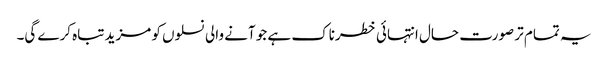
یہ تمام تر صورت حال انتہائی خطرناک ہے جو آنے والی نسلوں کو مزید تباہ کرے گی۔